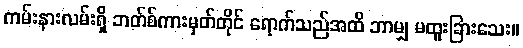
ကမ်းနားလမ်းရှိ ဘတ်စ်ကားမှတ်တိုင် ရောက်သည်အထိ ဘာမျှ မထူးခြားသေး။